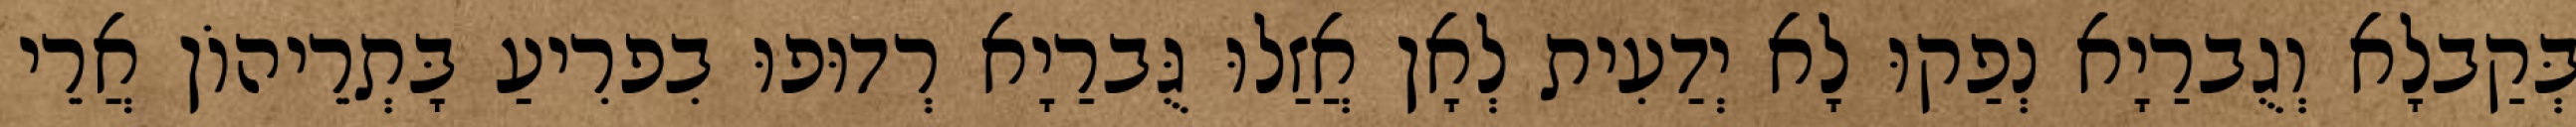
בְּקַבלָא וְגֻברַיָא נְפַקוּ לָא יְדַעִית לְאָן אֲזַלוּ גֻּברַיָא רְדוּפוּ בִפרִיעַ בָּתְרֵיהוֹן אֲרֵי